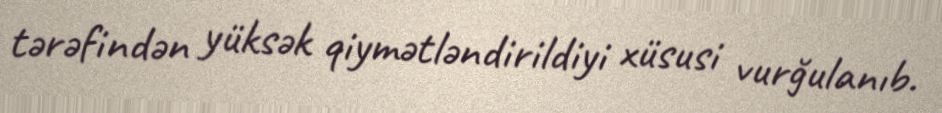
tərəfindən yüksək qiymətləndirildiyi xüsusi vurğulanıb.